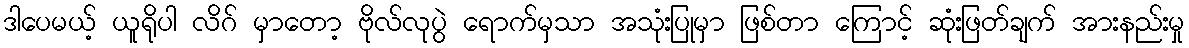
ဒါပေမယ့် ယူရိုပါ လိဂ် မှာတော့ ဗိုလ်လုပွဲ ရောက်မှသာ အသုံးပြုမှာ ဖြစ်တာ ကြောင့် ဆုံးဖြတ်ချက် အားနည်းမှု